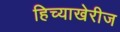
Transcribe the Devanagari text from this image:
हिच्याखेरीज